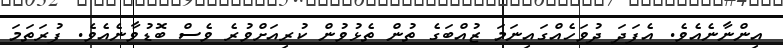
އިންނާނެއެވެ. އެފަދަ ދުވަހެއްގައިނަމަ ޒުއްބަގެ ތުން ތެޅުވުން ކުރިއަށްވުރެ ވެސް ބޮޑުވާނެއެވެ. ފުރަތަމަ